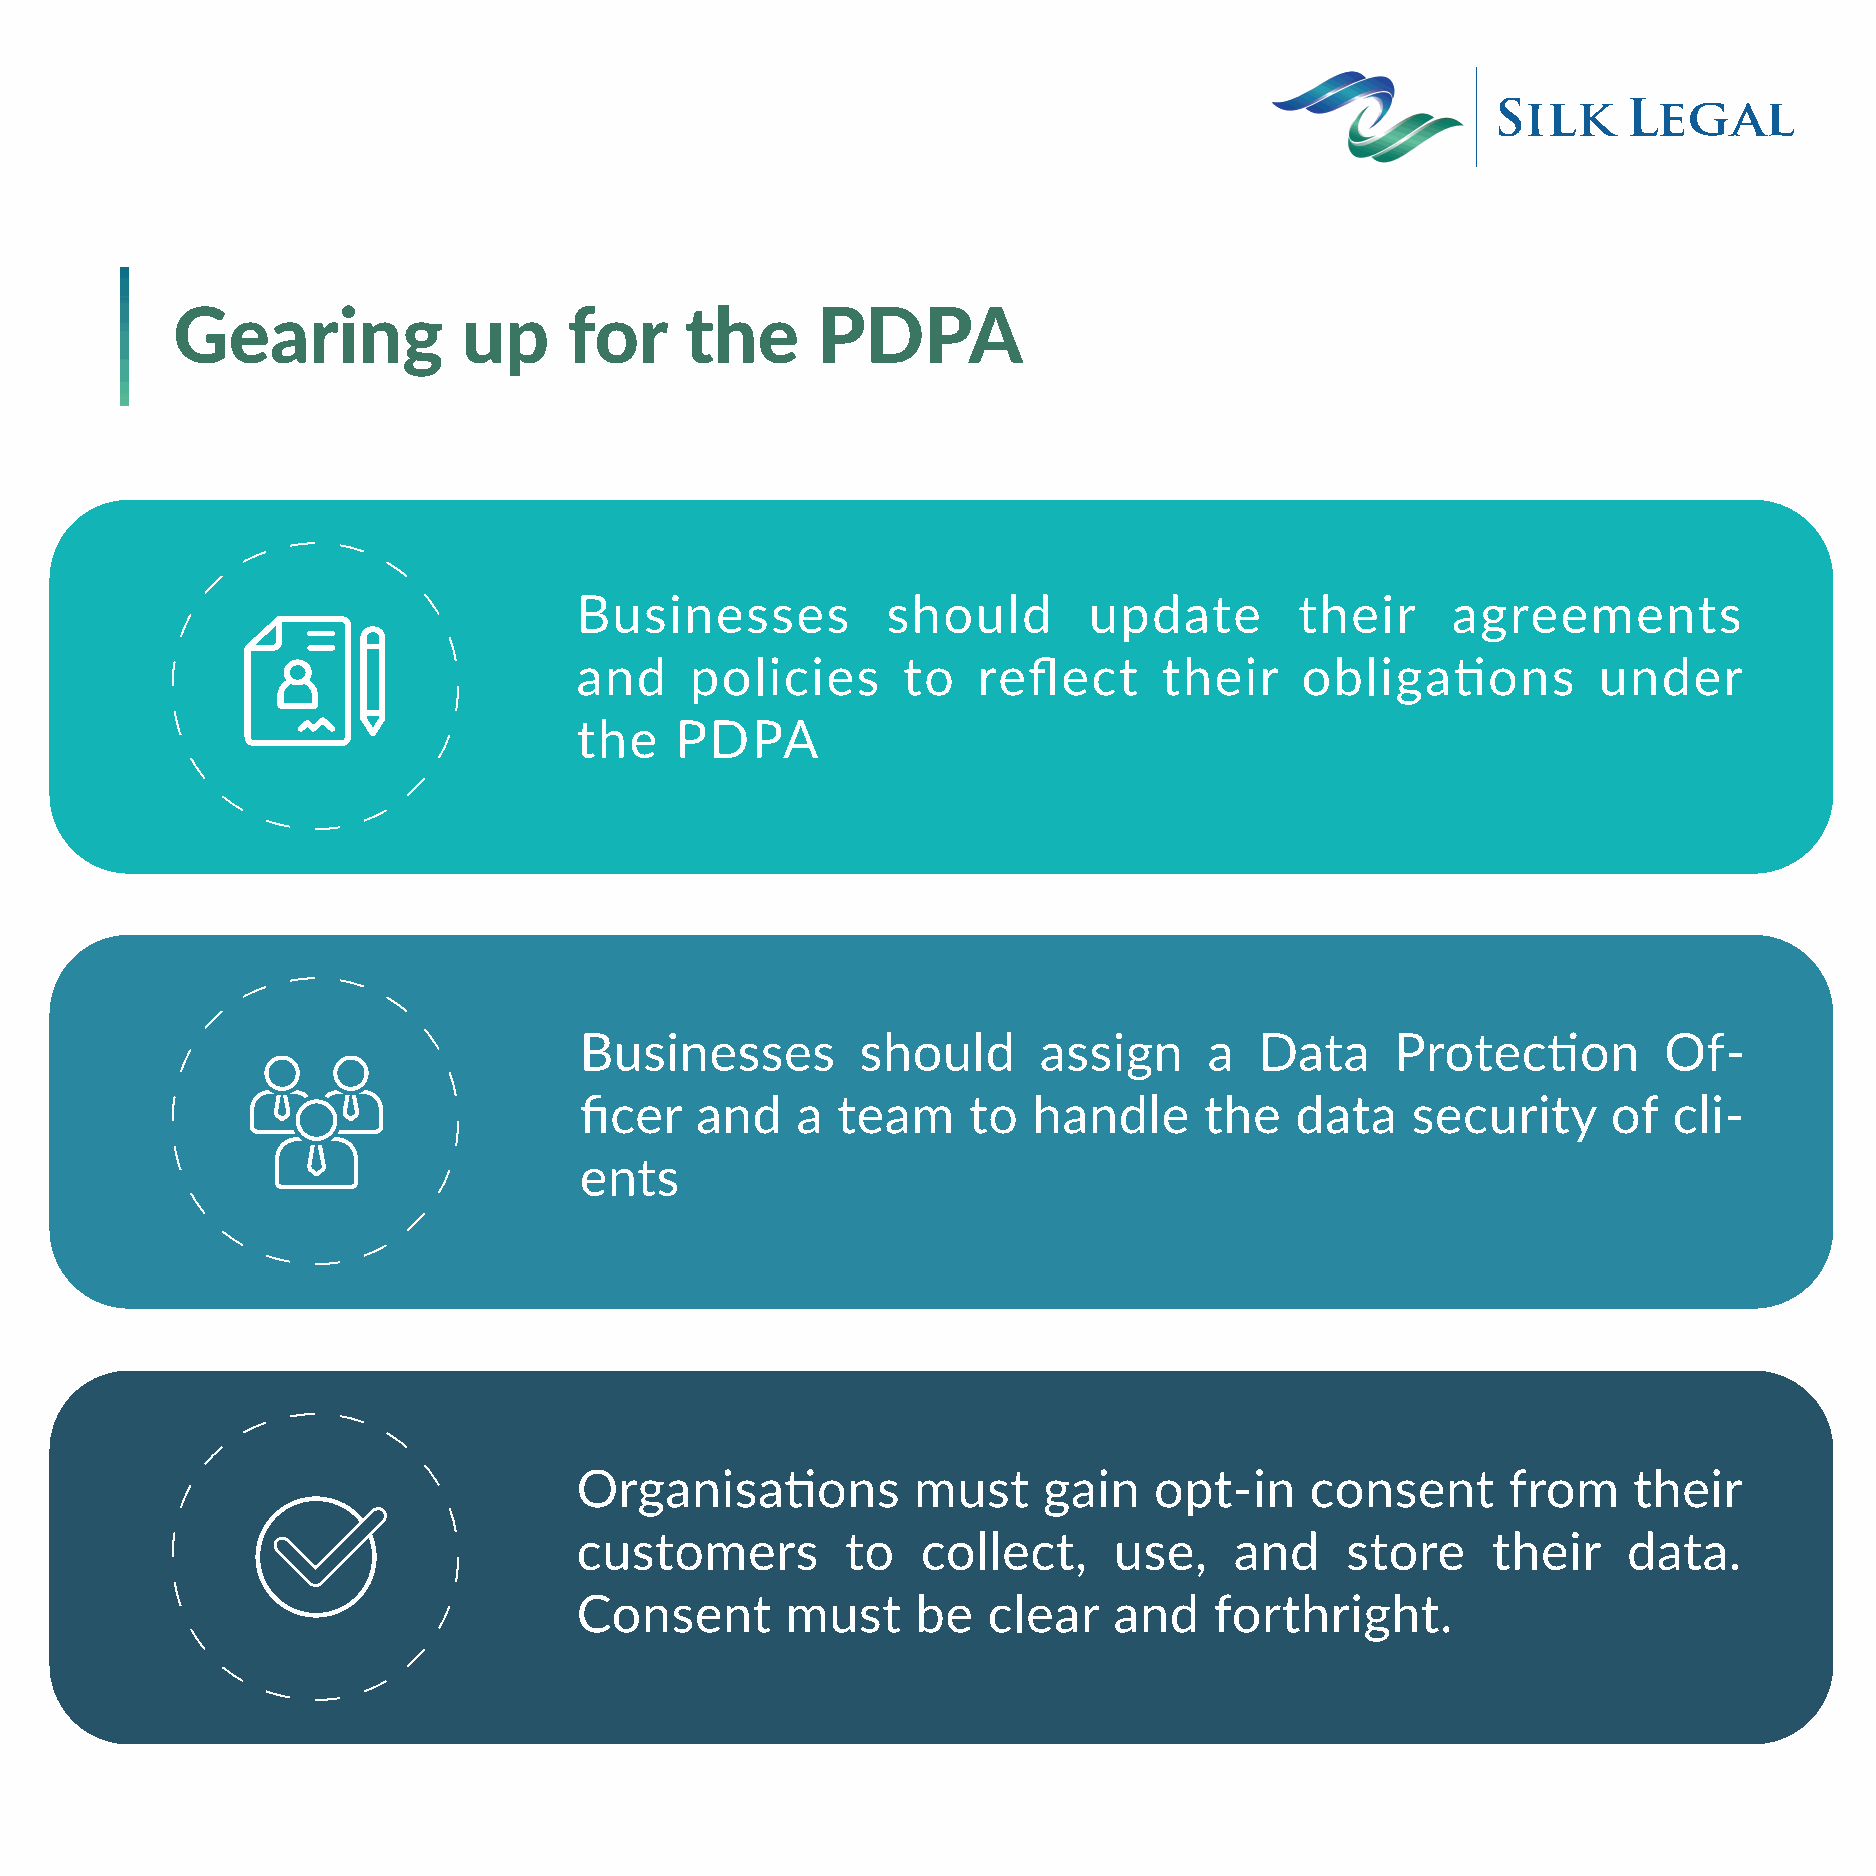
Gearing             up     for    the      PDPA
 Businesses           should       update        their     agreements
 and     policies      to   reflect     their    obligations         under
 the    PDPA
 Businesses         should      assign     a  Data     Protection        Of-
 ficer   and    a team     to  handle      the   data   security      of  cli-
 ents
 Organisations         must     gain   opt-in     consent      from    their
 customers         to   collect,     use,    and    store     their    data.
 Consent       must     be  clear    and   forthright.